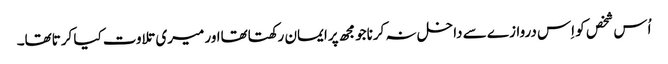
اُس شخص کو اِس دروازے سے داخل نہ کرناجومجھ پرایمان رکھتاتھااور میری تلاوت کیا کرتاتھا۔